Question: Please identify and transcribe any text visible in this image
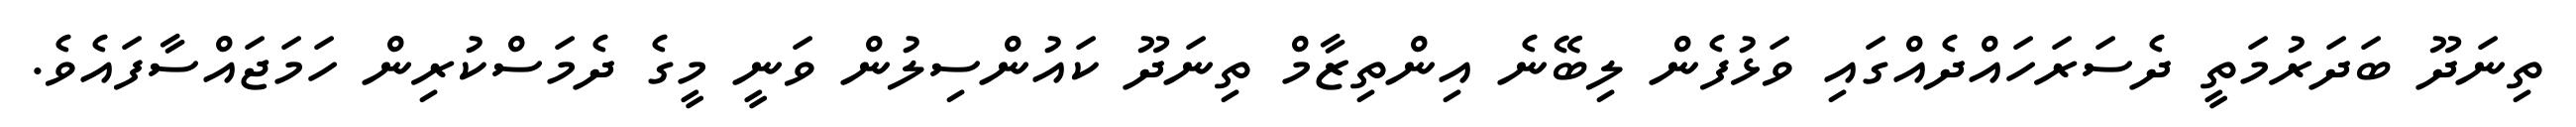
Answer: ތިނަދޫ ބަދަރުމަތީ ދެސަރަހައްދެއްގައި ވަޅުފެން ލިބޭނެ އިންތިޒާމް ތިނަދޫ ކައުންސިލުން ވަނީ މީގެ ދެމަސްކުރިން ހަމަޖައްސާފައެވެ.